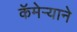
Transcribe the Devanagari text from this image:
कॅमेऱ्याने